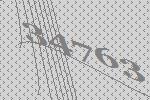
34763